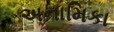
અનામિકા